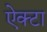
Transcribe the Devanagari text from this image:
ऐक्टा